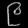
Digit: ၉